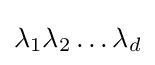
\lambda _{1}\lambda _{2}\ldots \lambda _{d}